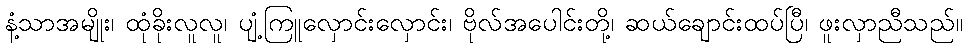
နံ့သာအမျိုး၊ ထုံခိုးလူလူ၊ ပျံ့ကြူလှောင်းလှောင်း၊ ဗိုလ်အပေါင်းတို့၊ ဆယ်ချောင်းထပ်ပြီ၊ ဖူးလှာညီသည်။